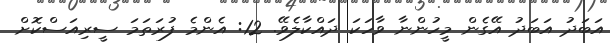
އަބަދު އަބަދު އޭގެން މީހުންނާ ވާހަކަ ދައްކާލެވޭ. 12: އެންމެ ފުރަތަމަ ސީރިއަސްކޮށް